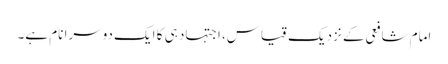
امام شافعی کے نزدیک قیاس، اجتہاد ہی کا ایک دوسرا نام ہے۔